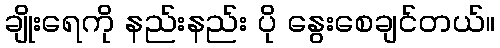
ချိုးရေကို နည်းနည်း ပို နွေးစေချင်တယ်။